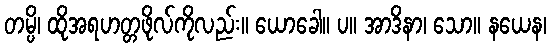
တမ္ပိ၊ ထိုအရဟတ္တဖိုလ်ကိုလည်း။ ယောခေါ။ ပ။ အာဒိနာ၊ သော။ နယေန၊